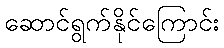
ဆောင်ရွက်နိုင်ကြောင်း